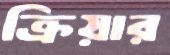
ক্রিয়ার